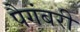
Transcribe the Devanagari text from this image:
पैगंबरी